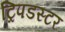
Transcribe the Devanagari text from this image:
ट्रिपडस्टर